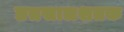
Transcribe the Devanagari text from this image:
छत्रसालशतक